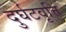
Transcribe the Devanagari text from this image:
दुर्घटवृत्ति